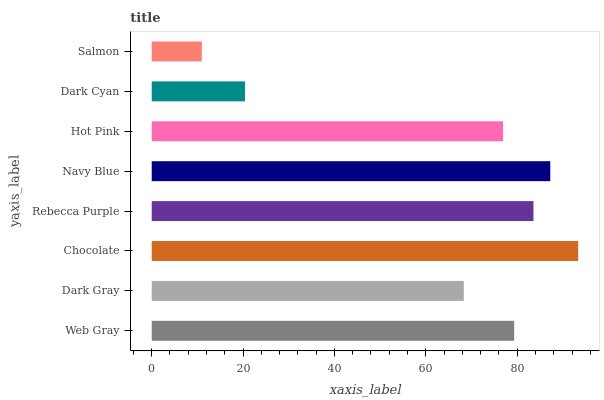
| yaxis_label | bars |
 | --- | --- |
 | Web Gray | 79.3 |
 | Dark Gray | 68.3 |
 | Chocolate | 93.4 |
 | Rebecca Purple | 83.6 |
 | Navy Blue | 87.2 |
 | Hot Pink | 76.9 |
 | Dark Cyan | 20.4 |
 | Salmon | 11 |